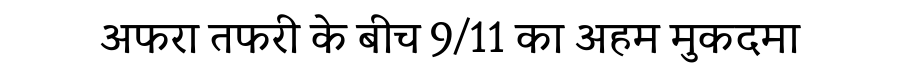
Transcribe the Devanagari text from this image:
अफरा तफरी के बीच 9/11 का अहम मुकदमा